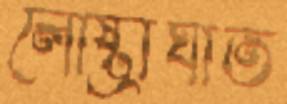
লোষ্ট্রাঘাত